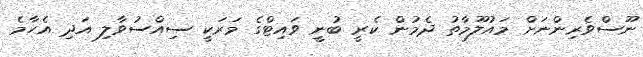
ނޫސްވެރިންނަށް މައުލޫމާތު ދެމުން ކެރީ ބުނީ ވައިޓްގެ މަރަކީ ސިއްސުވާލި އަދި އެހާމެ